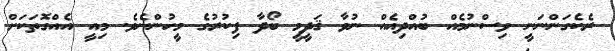
ރެކެގަންނަނީ ވިސްނުމެއް ބުއްދިއެއް ނުވާ ޤަދީމީ ބޯދާ ފިކުރުގެ މީހުންނެވެ. މިއީ އެއްގޮތަކަށް